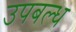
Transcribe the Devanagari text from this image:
उपबल्ध